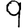
Digit: 9